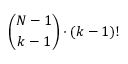
\binom { N - 1 } { k - 1 } \cdot { \left( k - 1 \right) } !